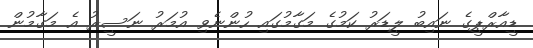
ޑީއާރްޕީގެ ނައިބު ލީޑަރު ކަމުގެ މަގާމުގައި ހުންނެވި އުމަރު ނަސީރު އެ މަގާމުން